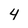
Character: 4